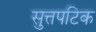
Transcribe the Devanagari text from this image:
सुत्तपटिक